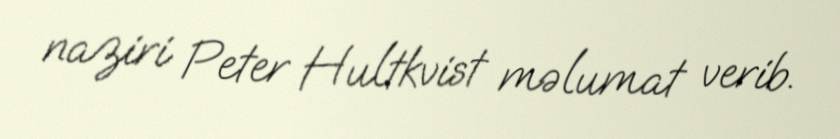
naziri Peter Hultkvist məlumat verib.